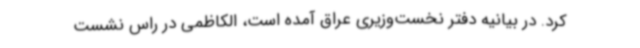
کرد. در بیانیه دفتر نخست‌وزیری عراق آمده است، الکاظمی در راس نشست